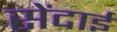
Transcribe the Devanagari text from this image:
सेंदाई